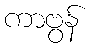
ကာဗွန်